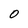
Character: 0